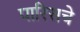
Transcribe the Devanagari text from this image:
पारिसचे